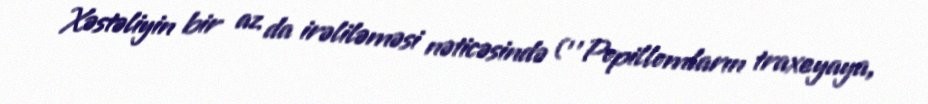
Xəstəliyin bir az da irəliləməsi nəticəsində (’’Popillomların traxeyaya,